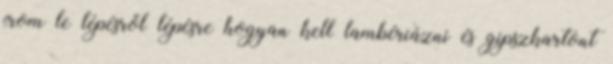
írom le lépésről lépésre hogyan kell lambériázni és gipszkartont